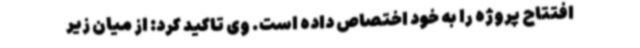
افتتاح پروژه را به خود اختصاص داده است. وی تاکید کرد: از میان زیر